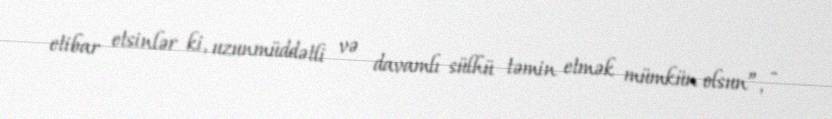
etibar etsinlər ki, uzunmüddətli və davamlı sülhü təmin etmək mümkün olsun”, -